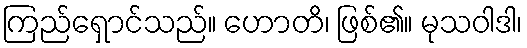
ကြည်ရှောင်သည်။ ဟောတိ၊ ဖြစ်၏။ မုသဝါဒါ၊